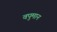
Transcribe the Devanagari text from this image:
वपुमान